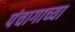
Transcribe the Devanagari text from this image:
पंचागाच्या